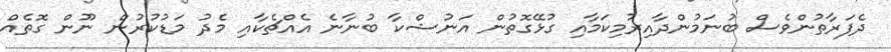
ދެފަރާތުންވެސް ބުނަމުންދާއިރުމިކަމާއި ގުޅޭގޮތުން އަނުޝްކާ ބުނާނެ އެއްޗެކާއި މެދު މަޑުކުރުން ނޫން ގޮތެއް